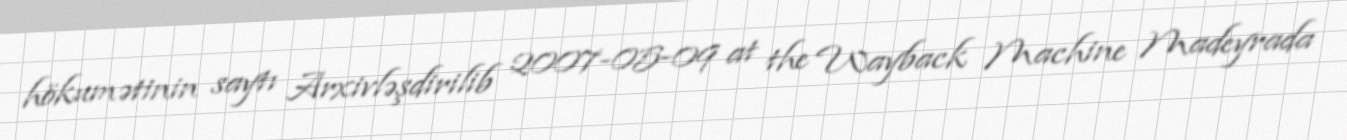
hökumətinin saytı Arxivləşdirilib 2007-05-09 at the Wayback Machine Madeyrada